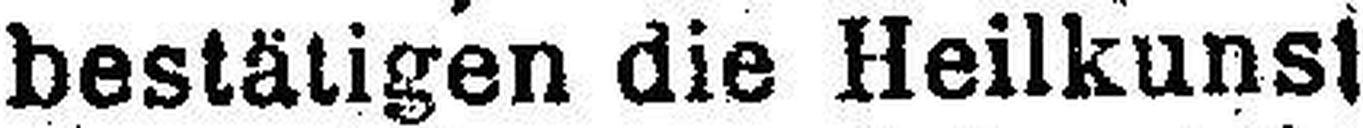
bestätigen die Heilkuns###